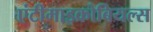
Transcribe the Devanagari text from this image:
एंटीमाइक्रोबियल्स